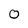
Character: 0